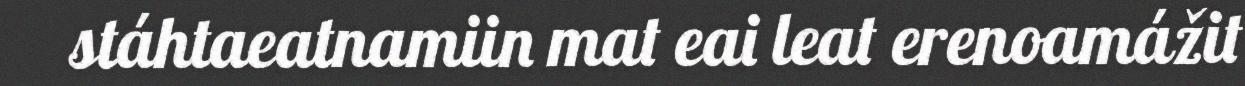
stáhtaeatnamiin mat eai leat erenoamážit